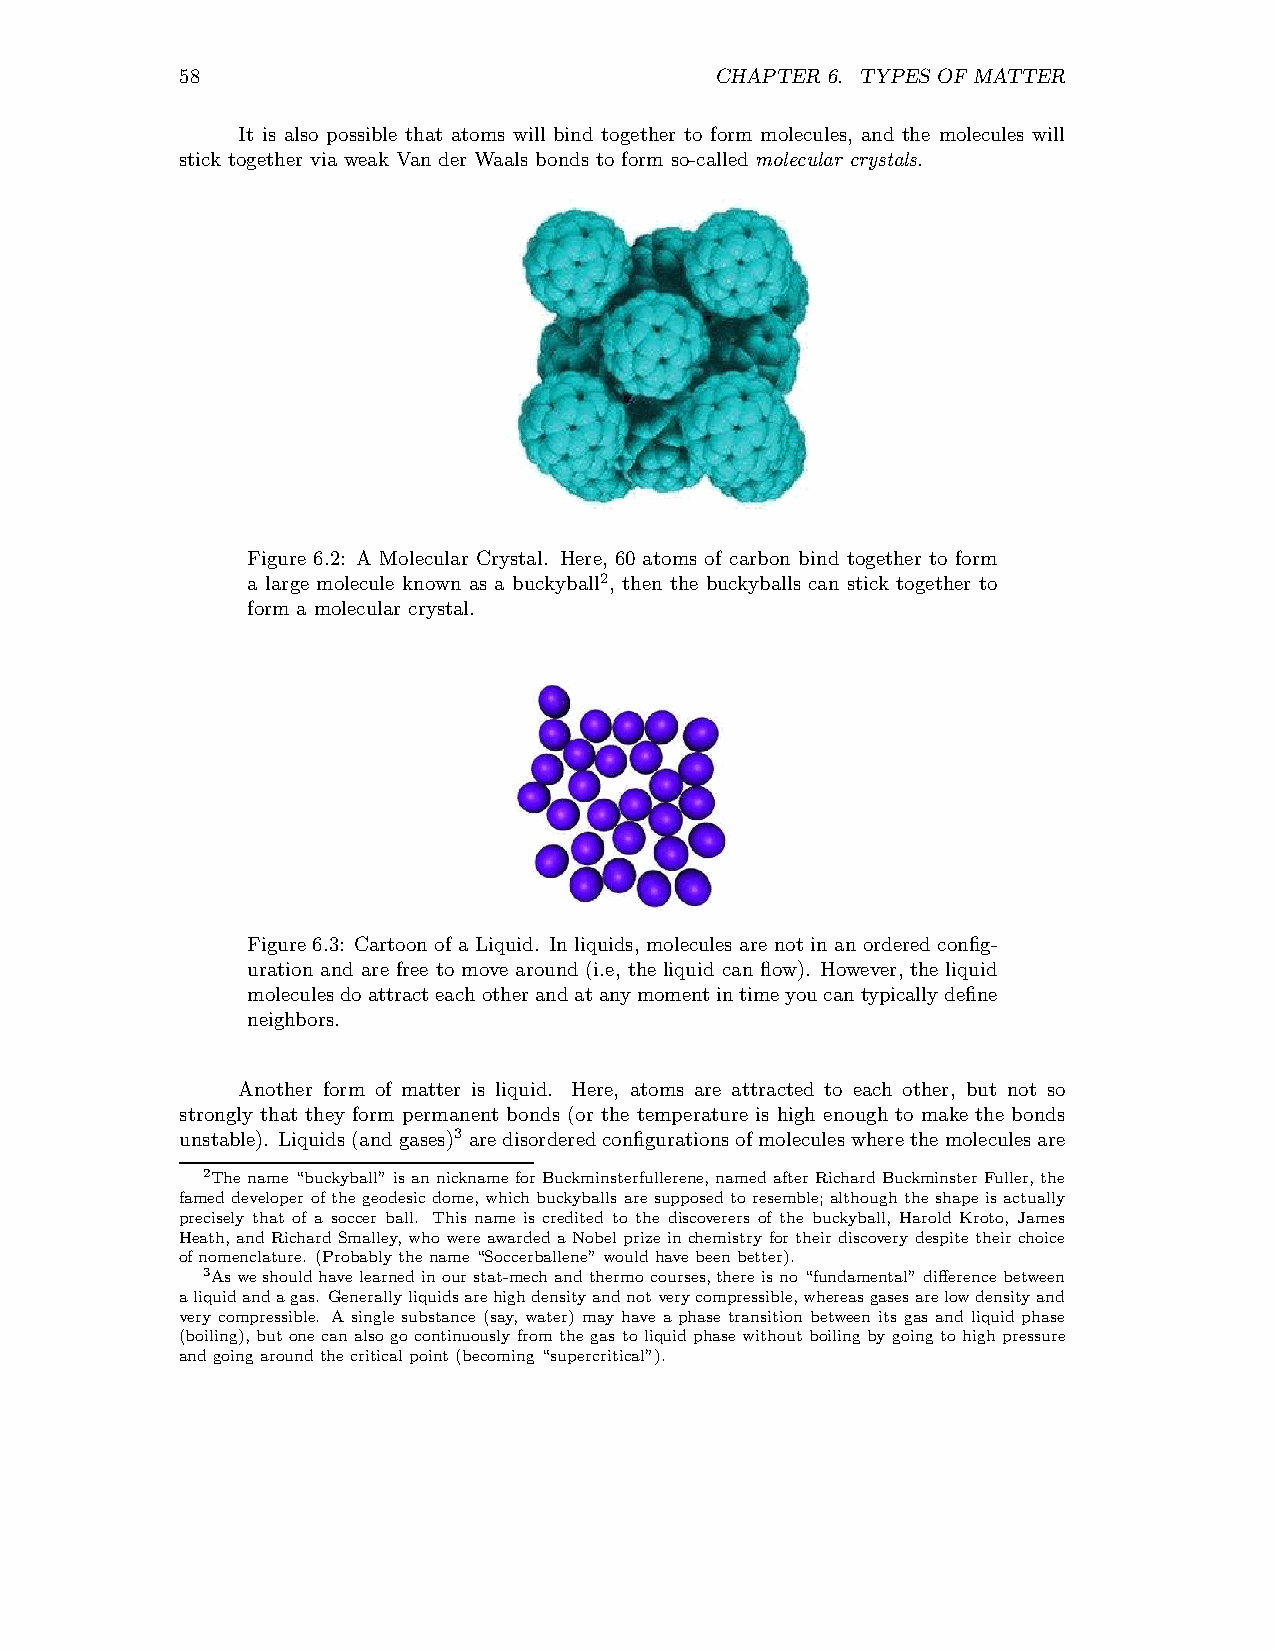
58                                 CHAPTER 6. TYPES OF MATTER
 It is also possible that atoms will bind together to form molecules, and the molecules will
 stick together via weak Van der Waals bonds to form so-called molecular crystals.
 Figure 6.2: A Molecular Crystal. Here, 60 atoms of carbon bind together to form
 a large molecule known as a buckyball2, then the buckyballs can stick together to
 form a molecular crystal.
 Figure 6.3: Cartoonof a Liquid. In liquids, molecules are not in an orderedconfig-
 uration and are free to move around (i.e, the liquid can flow). However, the liquid
 moleculesdoattracteachotherandatanymomentintimeyoucantypicallydefine
 neighbors.
 Another form of matter is liquid. Here, atoms are attracted to each other, but not so
 strongly that they form permanent bonds (or the temperature is high enough to make the bonds
 unstable). Liquids(andgases)3 aredisorderedconfigurationsofmoleculeswherethe moleculesare
 2The name “buckyball” is annickname forBuckminsterfullerene, named after RichardBuckminster Fuller,the
 famed developer of the geodesic dome, which buckyballs are supposed to resemble; although the shape is actually
 precisely that of a soccer ball. This name is credited to the discoverers of the buckyball, Harold Kroto, James
 Heath, and RichardSmalley, who wereawarded aNobel prizeinchemistry fortheir discovery despite their choice
 ofnomenclature. (Probablythename“Soccerballene” wouldhavebeenbetter).
 3Asweshouldhavelearnedinourstat-mechandthermocourses,thereisno“fundamental”differencebetween
 aliquidandagas. Generallyliquidsarehighdensityandnotverycompressible,whereasgasesarelowdensityand
 very compressible. A single substance (say, water) may have a phase transition between its gas and liquid phase
 (boiling), but one can also go continuously from the gas to liquidphase without boilingby going to high pressure
 andgoingaroundthecriticalpoint(becoming“supercritical”).